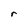
Character: r